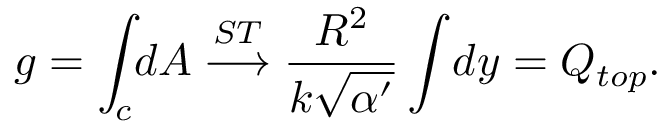
g = \int _ { c } \! d A \stackrel { S T } { \longrightarrow } \frac { R ^ { 2 } } { k \sqrt { \alpha ^ { \prime } } } \int \! d y = Q _ { t o p } .